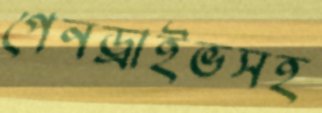
পেনড্রাইভসহ